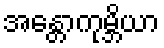
အန္တောကုမ္ဘိယာ